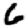
Digit: 6